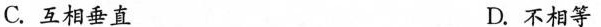
C.互相垂直 D.不相等